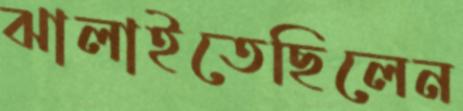
ঝালাইতেছিলেন